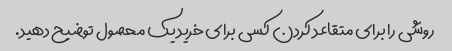
روشی را برای متقاعد کردن کسی برای خرید یک محصول توضیح دهید.